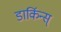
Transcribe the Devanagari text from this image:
डार्किन्स्